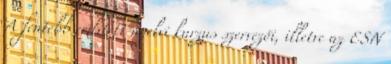
A fentebb említett nyelvi kurzus szervezői, illetve az ESN